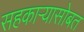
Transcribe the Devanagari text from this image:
सहकाऱ्यासोबत